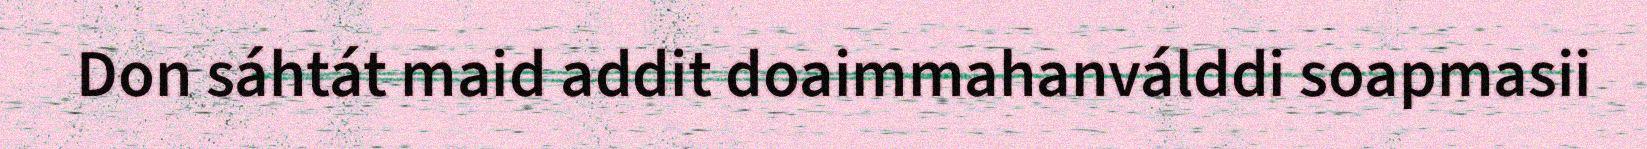
Don sáhtát maid addit doaimmahanválddi soapmasii